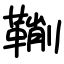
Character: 鞩